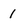
Character: 1